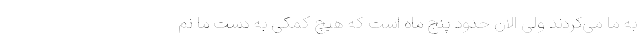
به ما می‌کردند ولی الان حدود پنج ماه است که هیچ کمکی به دست ما نم